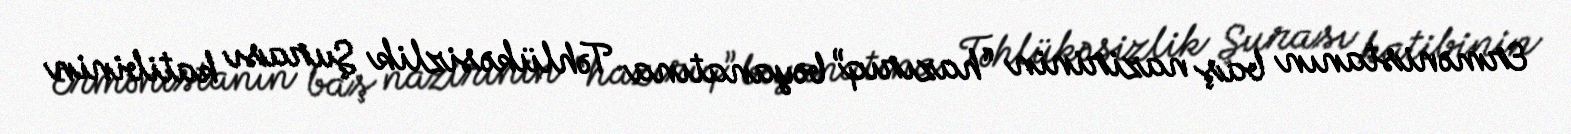
Ermənistanın baş nazirinin “hazırıq” bəyanatına Təhlükəsizlik Şurası katibinin